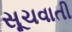
સૂચવાતી